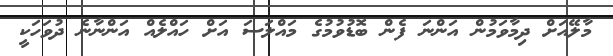
މާލޭއަށް ދިމާވަމުން އަންނަ ފެން ބޮޑުވުމުގެ މައްލަސަ އަށް ހައްލެއް އަންނާނެ ދުވަހަކީ